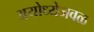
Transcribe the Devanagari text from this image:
अयोध्येजवळ